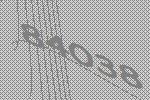
84038